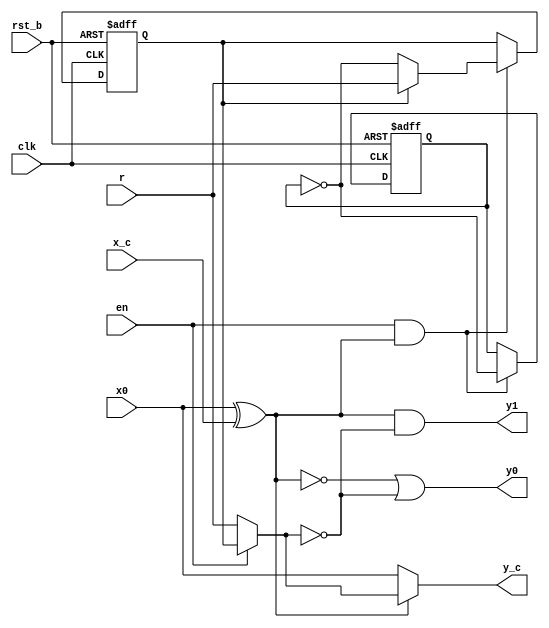
/*
 * Copyright (c) 2024 Eric Fogleman
 * SPDX-License-Identifier: Apache-2.0
 *
 * Switching block for fully-segmented mismatch shaping encoder
 * from SEGMENTED MISMATCH-SHAPING D/A CONVERSION, 
 * Fishov, Fogleman, Siragusa, Galton 
 * 2002 IEEE International Symposium on Circuits and Systems (ISCAS)
 */

module ef_smsdac_mse_sb ( clk, rst_b, r, en, x0, x_c, y0, y1, y_c );

  input clk, rst_b, r, en, x0, x_c; 
  output y0, y1, y_c;

	reg q, q0;			// switching sequence state machine
	wire s;				// switching sequence
	wire q_d, q0_d;
	wire odd; 			// input parity
	wire y1, y0, y_c;	// encoder outputs

	// input parity
	assign odd = x0 ^ x_c;

	// switching sequence; 1st order shaped or random
	assign s = en ? q : r;

	// "carry" output (extra lsb); round up/down on odd input
	assign y_c = odd ? s : x0;

	// 3-level DAC outputs
	assign y1 = odd & ~s;
	assign y0 = ~odd | ~s;

	// switching sequence; update only on odd inputs
	// en == 1'b0 stops mismatch shaping (static encoder)
	assign q0_d = (en & odd) ? ~q0 : q0; 
	assign q_d = (en & odd) ? ( ~q ? ~q0 : r ) : q;

	always @( posedge clk, negedge rst_b ) begin 
		if ( rst_b == 1'b0 ) begin
			q0 <= 1'b0;
			q <= 1'b0;
		end
		else begin 
			q0 <= q0_d;
			q <= q_d; 
		end
	end
			 
endmodule